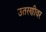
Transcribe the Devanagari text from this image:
उतरणीवर